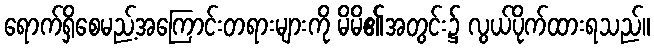
ရောက်ရှိစေမည့်အကြောင်းတရားများကို မိမိ၏အတွင်း၌ လွယ်ပိုက်ထားရသည်။